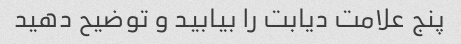
پنج علامت دیابت را بیابید و توضیح دهید